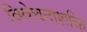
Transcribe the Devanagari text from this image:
विवेचनाशक्ति